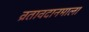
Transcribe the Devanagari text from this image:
व्रतावदानमाला